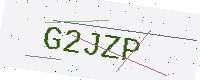
Text: G2JZP